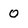
Character: 0